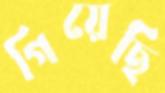
গিয়েছি